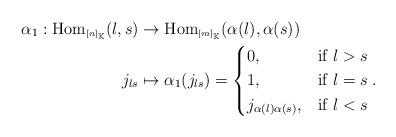
LaTeX: \begin{align*}\begin{aligned}\alpha_1:\mbox{Hom}_{\tiny\mbox{[$n$]}_{\mathbb{K}}}(l,s)&\to\mbox{Hom}_{\tiny\mbox{[$m$]}_{\mathbb{K}}}(\alpha(l),\alpha(s))\\j_{ls}&\mapsto \alpha_1(j_{ls})=\begin{cases} 0, & \mbox{if $l>s$} \\ 1, & \mbox{if $l=s$} \\ j_{\alpha(l)\alpha(s)}, & \mbox{if $l<s$}\end{cases}.\end{aligned}\end{align*}